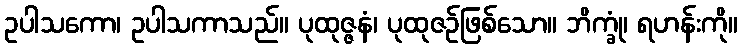
ဥပါသကော၊ ဥပါသကာသည်။ ပုထုဇ္ဇနံ၊ ပုထုဇဉ်ဖြစ်သော။ ဘိက္ခုံ၊ ရဟန်းကို။